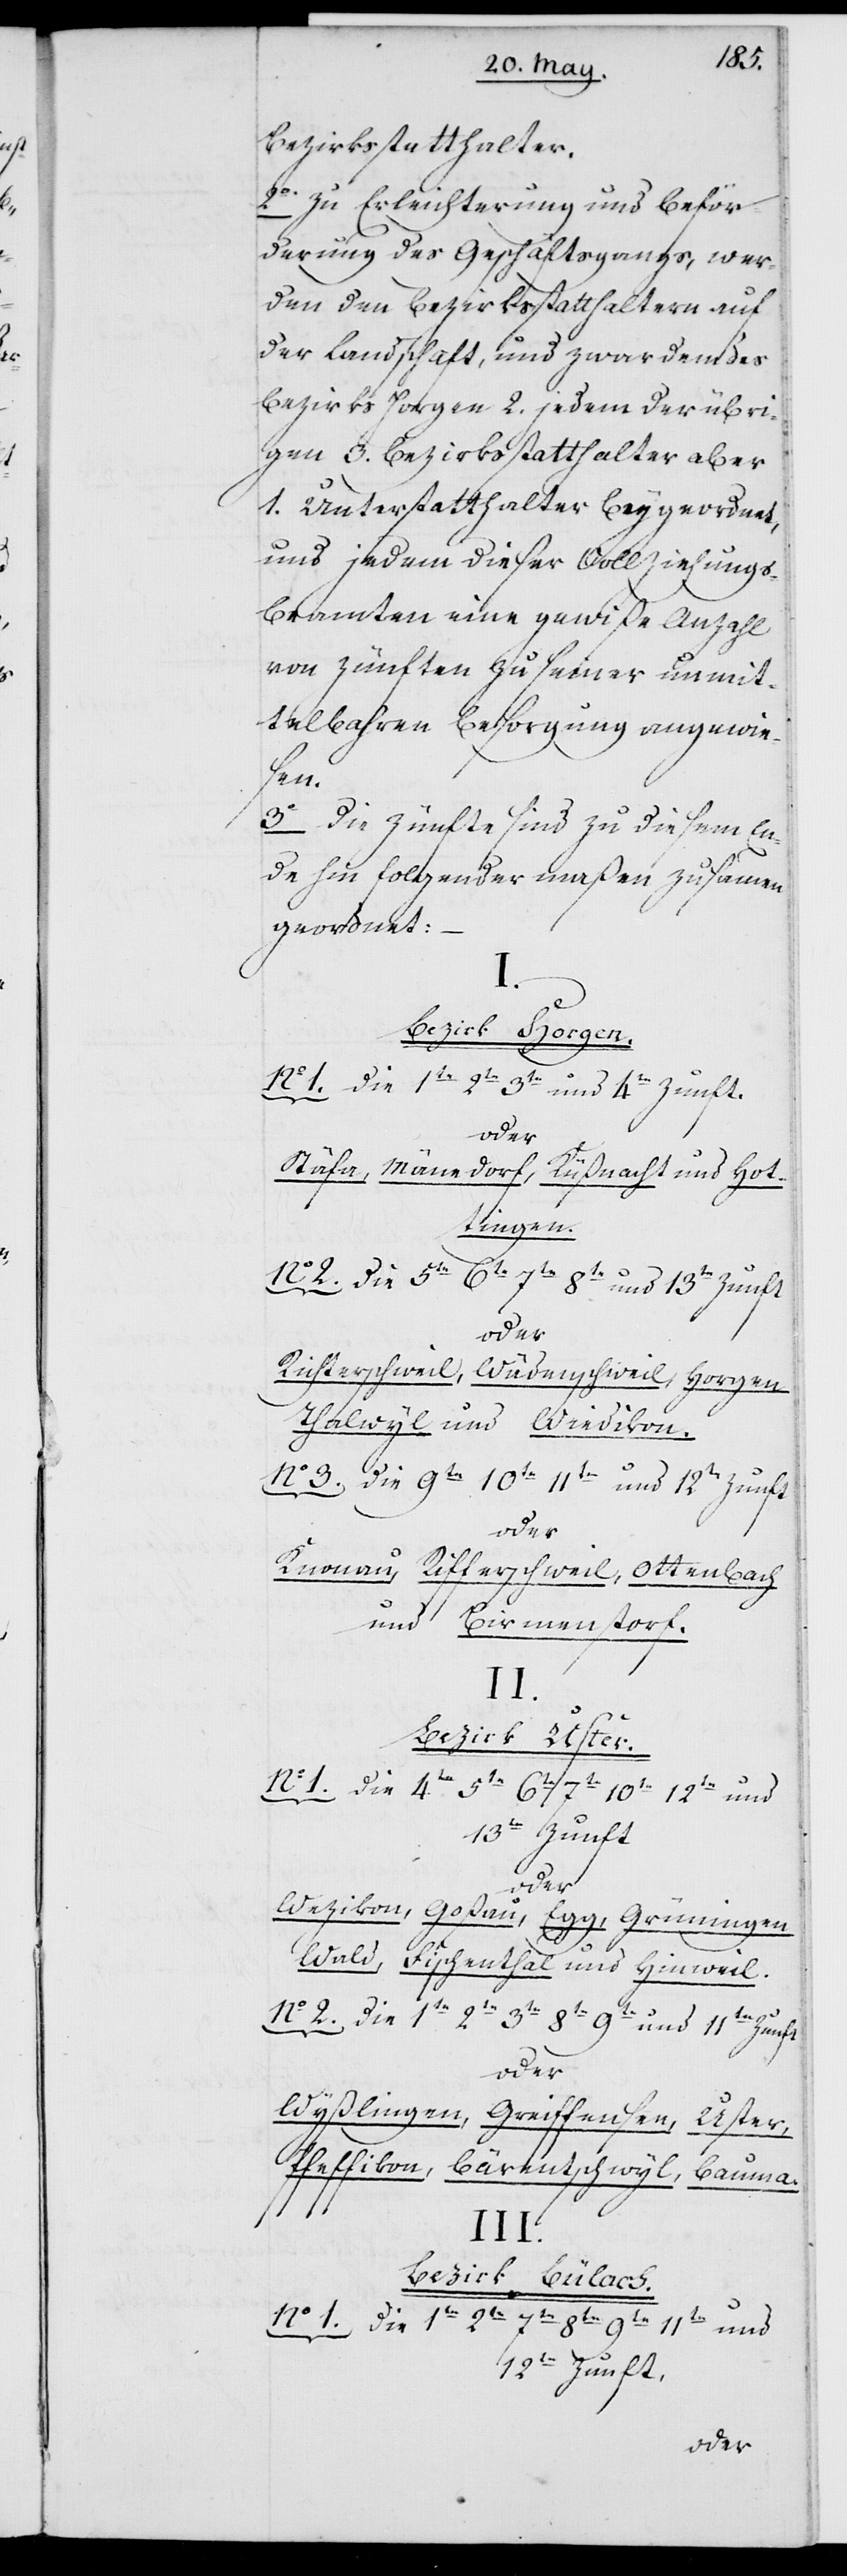
Bezirksstatthalter.
2o Zu Erleichterung und Beför¬
derung des Geschäftsgangs, wer¬
den den Bezirksstatthaltern auf
der Landschaft, und zwar dem des
Bezirks Horgen 2. jedem der übri¬
gen 3. Bezirksstatthalter aber
1. Unterstatthalter beygeordnet,
und jedem dieser Vollziehungs¬
beamten eine gewiße Anzahl
von Zünften zu einer unmit¬
telbahren Besorgung angewie¬
sen.
3o Die Zünfte sind zu diesem En¬
de hin folgendermaßen zusammen¬
geordnet:
Bezirk Horgen.
No 1. Die 1te 2te 3te und 4te Zunft.
oder
Stäfa, Mänedorf, Küßnacht und Hot¬
tingen.
No 2. Die 5te 6te 7te 8te und 13te Zunft
oder
Richterschweil, Wädenschweil, Horgen,
Thalwyl und Wiedikon.
No 3. Die 9te 10te 11te und 12te Zunft
oder
Knonau, Rifferschweil, Ottenbach
und Birmenstorf.
II.
Bezirk Uster.
No 1. Die 1te 2te 7te
7te 10te 12te und
Wezikon, Goßau, Egg, Grüningen,
Wald, Fischenthal und Hinweil.
No 2. Die 1te 2te 3te 8te 9te und 11te Zunft
oder
Wyßlingen, Greiffensee,
Uster,
Pfeffikon, Bärentschwyl,
Bauma.
III.
Bezirk Bülach.
11te und
12te Zunft
oder